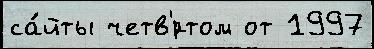
са́йты четв'́ртом от 1997